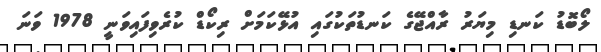
ލޯބޮޑު ކަނޑި މިޔަރު ރާއްޖޭގެ ކަނޑުތަކުގައި އުޅޭކަމަށް ރިކޯޑް ކުރެވިފައިވަނީ 1978 ވަނަ